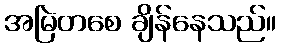
အမြဲတစေ ချိန်နေသည်။